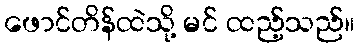
ဖောင်တိန်ထဲသို့ မင် ထည့်သည်။